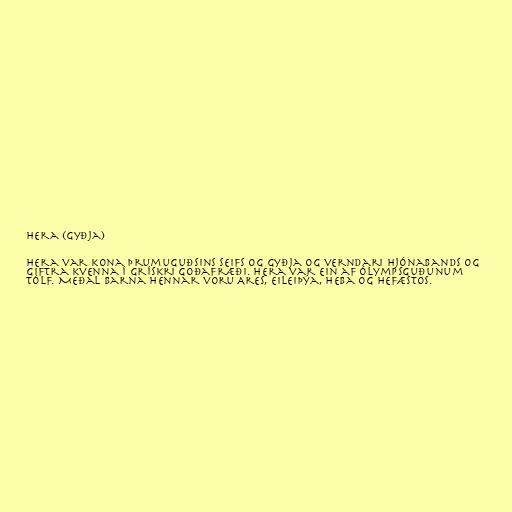
Hera (gyðja)

Hera var kona þrumuguðsins Seifs og gyðja og verndari hjónabands og
giftra kvenna í grískri goðafræði. Hera var ein af Ólympsguðunum
tólf. Meðal barna hennar voru Ares, Eileiþýa, Heba og Hefæstos.